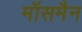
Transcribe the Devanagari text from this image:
मॉसमैन